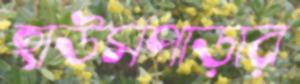
হাউসপাড়ার